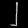
Digit: ၂